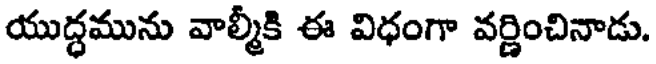
యుద్ధమును వాల్మీకి ఈ విధంగా వర్ణించినాడు.